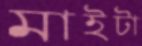
মাইটা